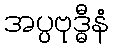
အပ္ပဗုဒ္ဓီနံ